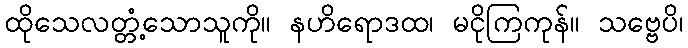
ထိုသေလတ္တံ့သောသူကို။ နဟိရောဒထ၊ မငိုကြကုန်။ သဗ္ဗေပိ၊